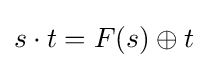
s\cdot t=F(s)\oplus t